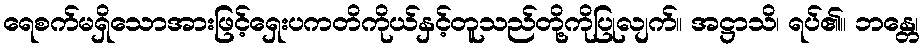
ရေစက်မရှိသောအားဖြင့်ရှေးပကတိကိုယ်နှင့်တူသည်တို့ကိုပြုလျက်။ အဋ္ဌာသိ၊ ရပ်၏။ ဘန္တေ၊